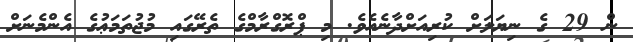
ން 29 ގެ ނިޔަލަށް ކުރިއަށްދާނެއެވެ. މި ޕްރޮގްރާމްގެ ތެރޭގައި މުޖުތަމަޢުގެ އެންމެނަށް